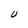
Character: U